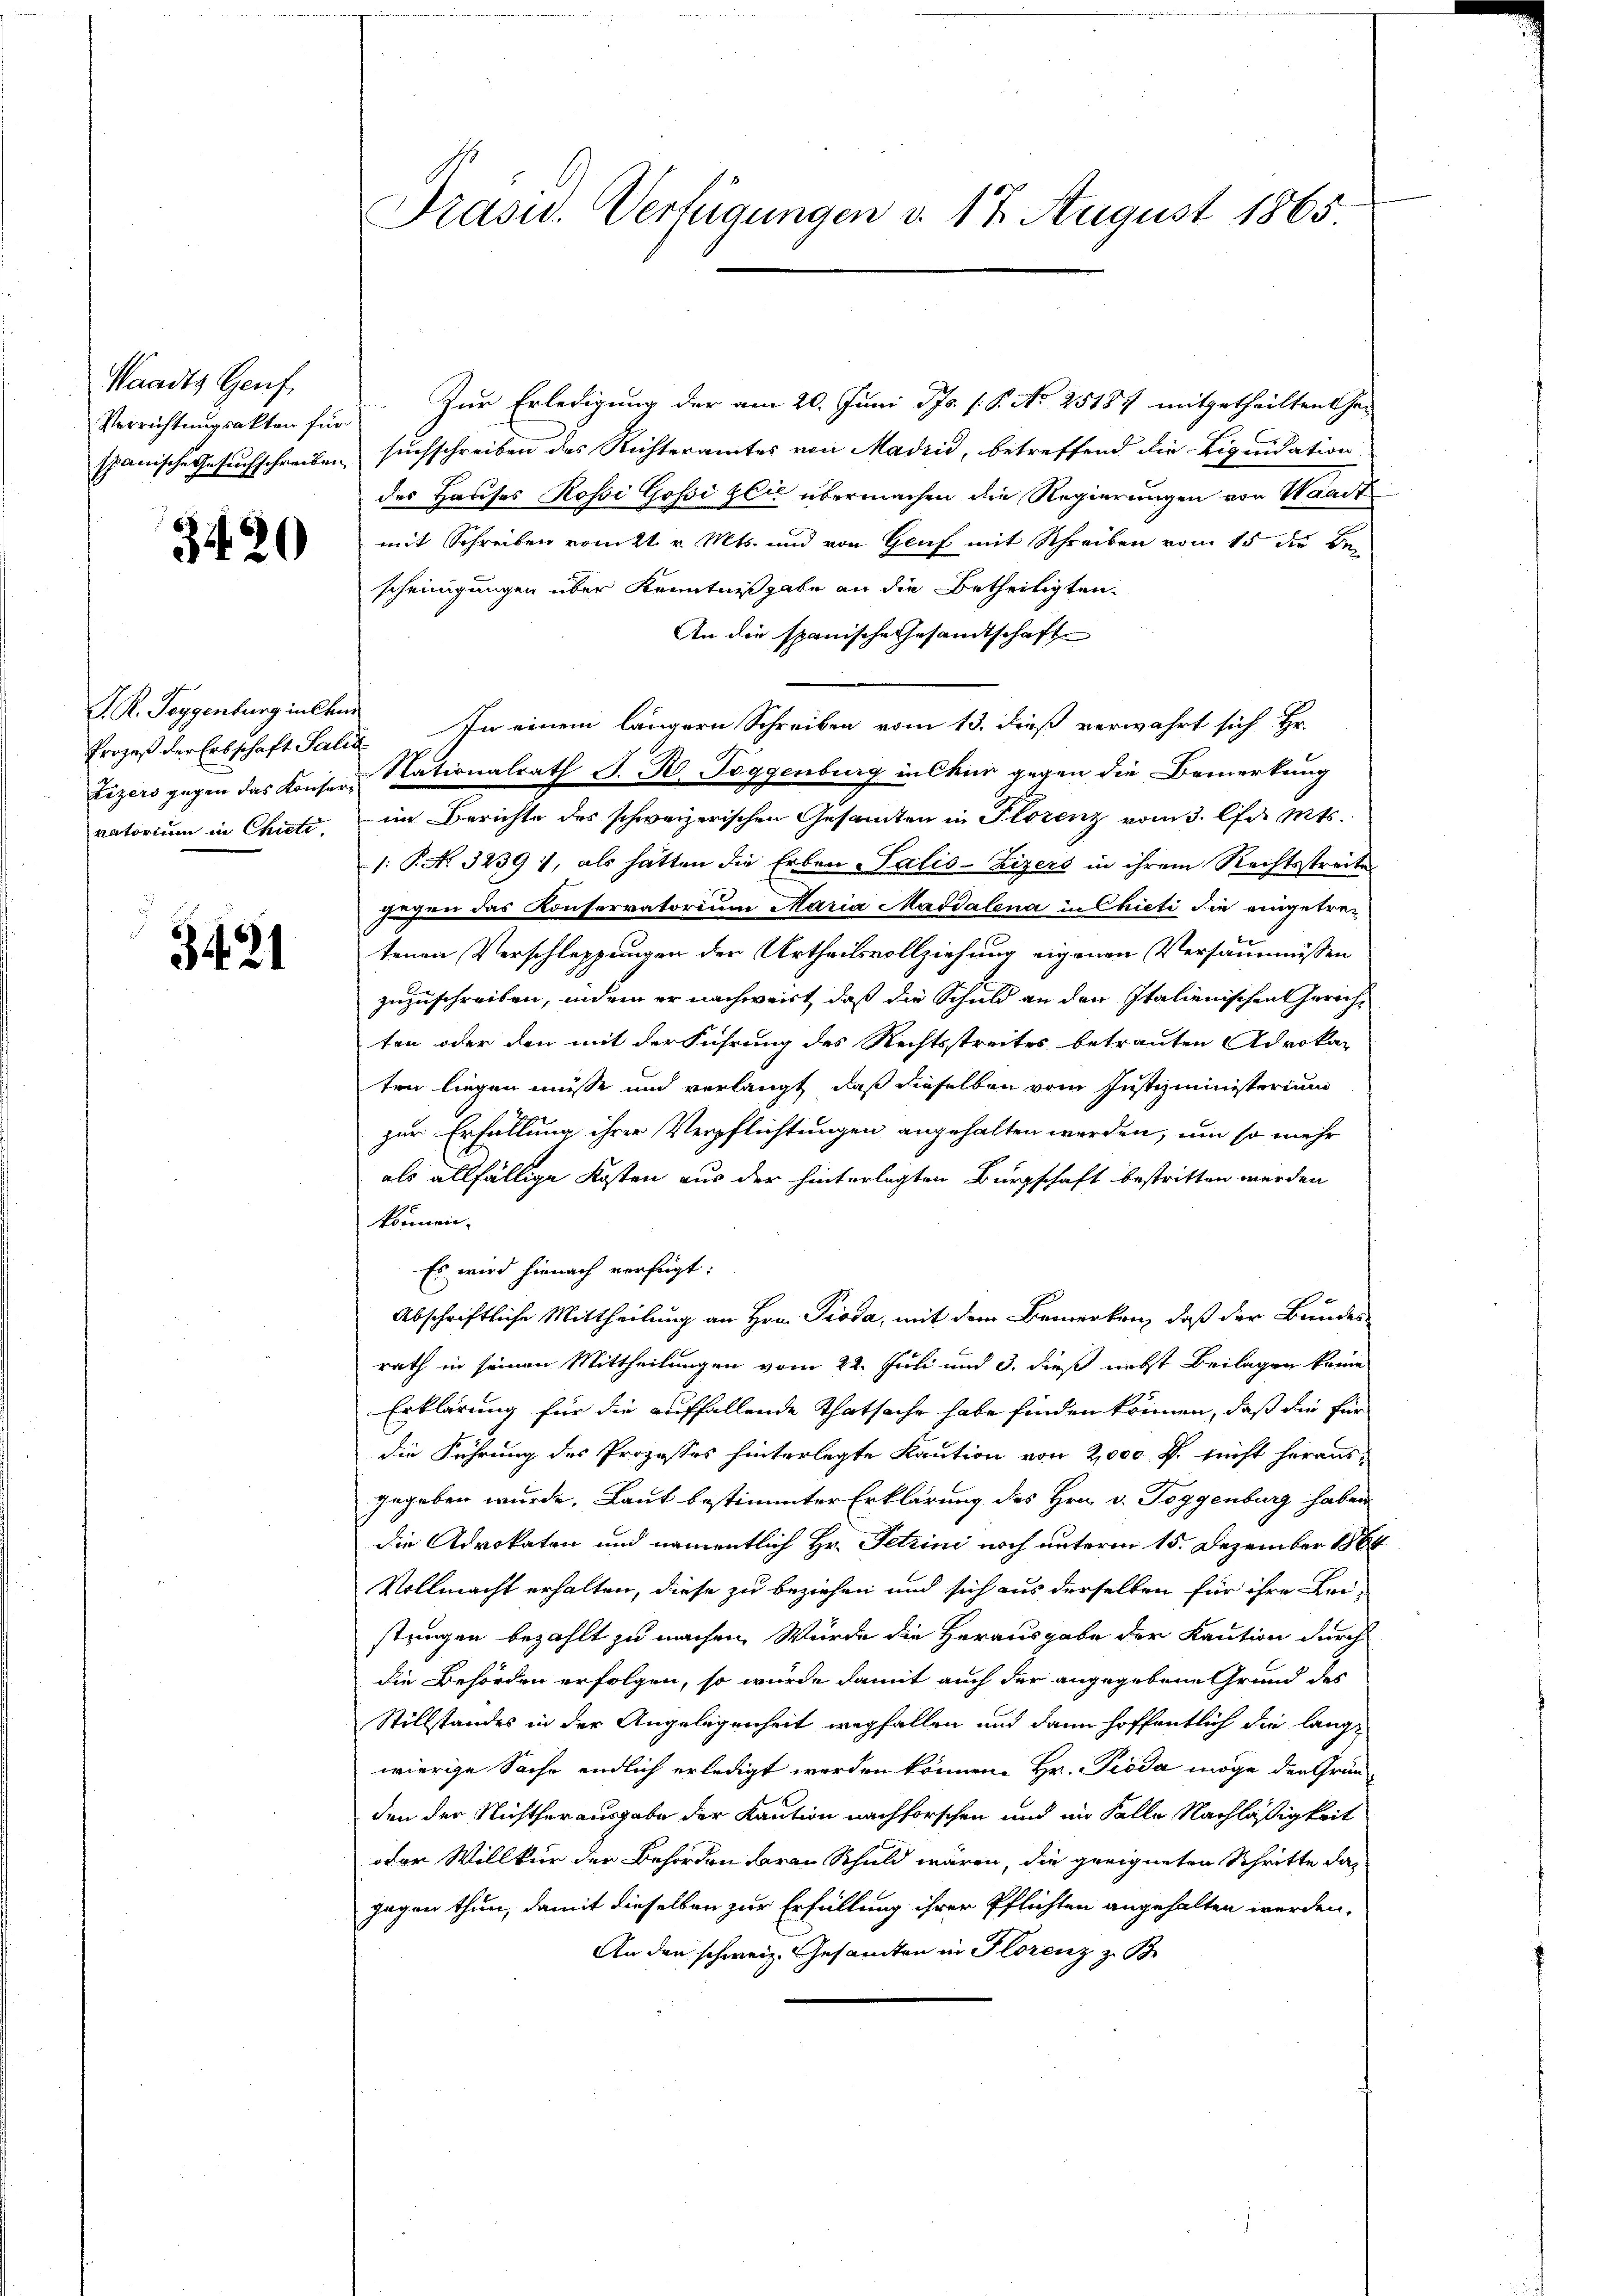
Waadts Genf,
Verrichtungsakten für
spanische Gesuchschreiben

3420

P. R. Toggenburg in Chur
Zizers gegen das Konserratorium in Chiete,

3421

Prasid. Verfügungen d. 17. August 1865.

Zur Erledigung der am 20. Juni Pfs. (: P. No 25187 mitgetheilten ha-
suchschreiben des Richteramtes von Madrid, betreffend die Liquidation
des Hauses Rossi Gossi zlić übermachen die Regierungen von Waadt
mit Schreiben vom 21. v. Mts. und von Gruf mit Schreiben vom 15 die Bescheinigungen über Kenntnißgabe an die Betheiligten.
An die spanische Gesandtschaft
Prozeß der Erbschaft Salić In einem längern Schreiben vom 13. dieß verwahrt sich Hr.
Stationalrath J. H. Toggenburg in Chur gegen die Bemerkung
im Berichte des schweizerischen Gesammten in Florenz vom 3. l. Mts.
1: P. No 3239:), als hätten die Erben Salis-Zizers in ihrem Rechtsstreite
gegen das Konferratorium Maria Maddalena in Chicti die eingetretenen Verschleppungen der Urtheilsvollziehung eigenen Versäumnissen
zuzuschreiben, indem er nachweirt, daß die Schuld an den Italienischen Gerichten oder den mit der Führung des Rechtsstreites betrauten Advokan
ten liegen müsse und verlangt, daß dieselben vom Justizministerium
zur Erfüllung ihrer Verpflichtungen angehalten werden, um so mehr
als allfällige Kosten aus der hinterlegten Bürgschaft bestritten werden
können.
Es wird hienach verfügt:
Abschriftliche Mittheilung an Hrn. Pioda, mit dem Bemerken, daß der Bundes-
rath in seinen Mittheilungen vom 22. Juli und 3. dieß nebst Beilagen kame
Erklärung für die auffallende Thatsache habe finden können, daß die für
die Führung des Prozesses hinterlegte Kaution von 2,000 f. sucht heraus-
gegeben wurde. Laut bestimmter Erklärung des Hrn. v. Toggenburg haben
die Advokaten und namentlich Hr. Petrini noch unterm 15. Dezember 1888
Vollmacht erhalten, diese zu beziehen und sich aus derselben für ihre Bei-
strugen bezahlt zu machen. Würde die Herausgabe der Kaution durch
die Behörden erfolgen, so würde damit auch der angegebene Grund des
Stillstandes in der Angelegenheit wegfallen und dann hoffentlich die lange
wierige Sache endlich erledigt werden können. Hr. Proda möge den Gründen der Nichtherausgabe der Kaution nachforschen und im Falle Nachläßigkeit
oder Willkür der Behörden daran Schuld wären, die geeigneten Schritte dagagen thun, damit dieselben zur Erfüllung ihrer Pflichten angehalten werden.
An den schweiz. Gesamten in Florenz z. B.